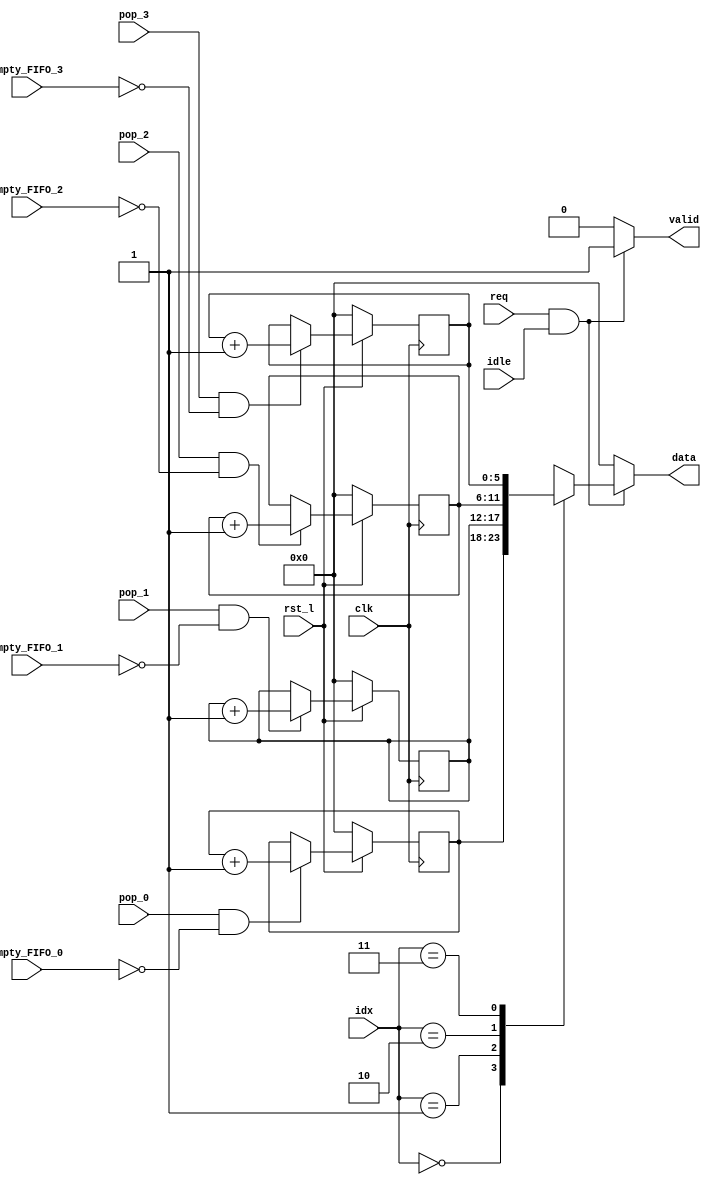
module contadores ( // Contador de salida de datos para 4 salidas
    input clk, // para contar los datos
    input rst_l, // reset en bajo
    input req, // request para poder leer los FIFOs
    input pop_0, // pops del probador
    input pop_1,    
    input pop_2,
    input pop_3,
    input [1:0] idx, // indice de cual FIFO leer
    input idle, // desde la FSM
    // empty de los FIFOs de salida
    input empty_FIFO_0,    
    input empty_FIFO_1,
    input empty_FIFO_2,
    input empty_FIFO_3,    
    output reg [5:0] data, // cuenta del idx seleccionados
    output reg valid); // si la cuenta es vlida i.e. si se ley en idle
    /*
    Almacenan la cantidad de
    palabras que pasan por FIFO,
    para leerlos el probador
    pone un 1 en req y el idx a
    leer, los contadores regresan
    el dato y un valid.

    Va pegado a las salidas de los FIFOs de salida.
    */    

    reg [5:0] contador [3:0]; // contador con palabras de 5 bits y profundidad de 4
    integer i;
    always @(posedge clk) begin
        if(~rst_l) begin
            for(i=0; i<4; i++) begin
                contador[i] <= 0;
            end
        end else begin
            if (pop_0 && !empty_FIFO_0)
                contador[0] <= contador[0] + 1;

            if (pop_1 && !empty_FIFO_1)
                contador[1] <= contador[1] + 1;

            if (pop_2 && !empty_FIFO_2)
                contador[2] <= contador[2] + 1;

            if (pop_3 && !empty_FIFO_3)
                contador[3] <= contador[3] + 1;
        end // if ~rst
    end // always posedge clk

    always @(*) begin
        data = 0;
        valid = 0;
        if(req && idle) begin
            data = contador[idx];
            valid = 1;
        end 
    end
endmodule